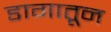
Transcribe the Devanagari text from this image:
डागातून